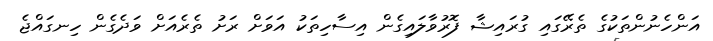
އަންހެނުންތަކުގެ ތެރޭގައި ގުރައިޝާ ފޮރުވާލައިގެން އިސާހިތަކު އަވަށް ރަށު ތެރެއަށް ވަދެގެން ހިނގައްޖެ